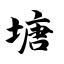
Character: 塘